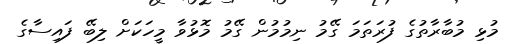
މުޅި މުބާރާތުގެ ފުރަތަމަ ގޭމު ނިމުމުން ގޭމު މޮޅުވާ މީހަކަށް ލިބޭ ފައިސާގެ